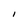
Character: I